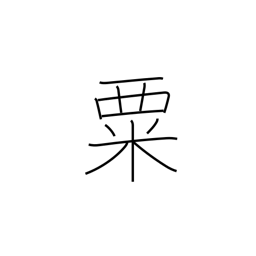
Meaning: millet